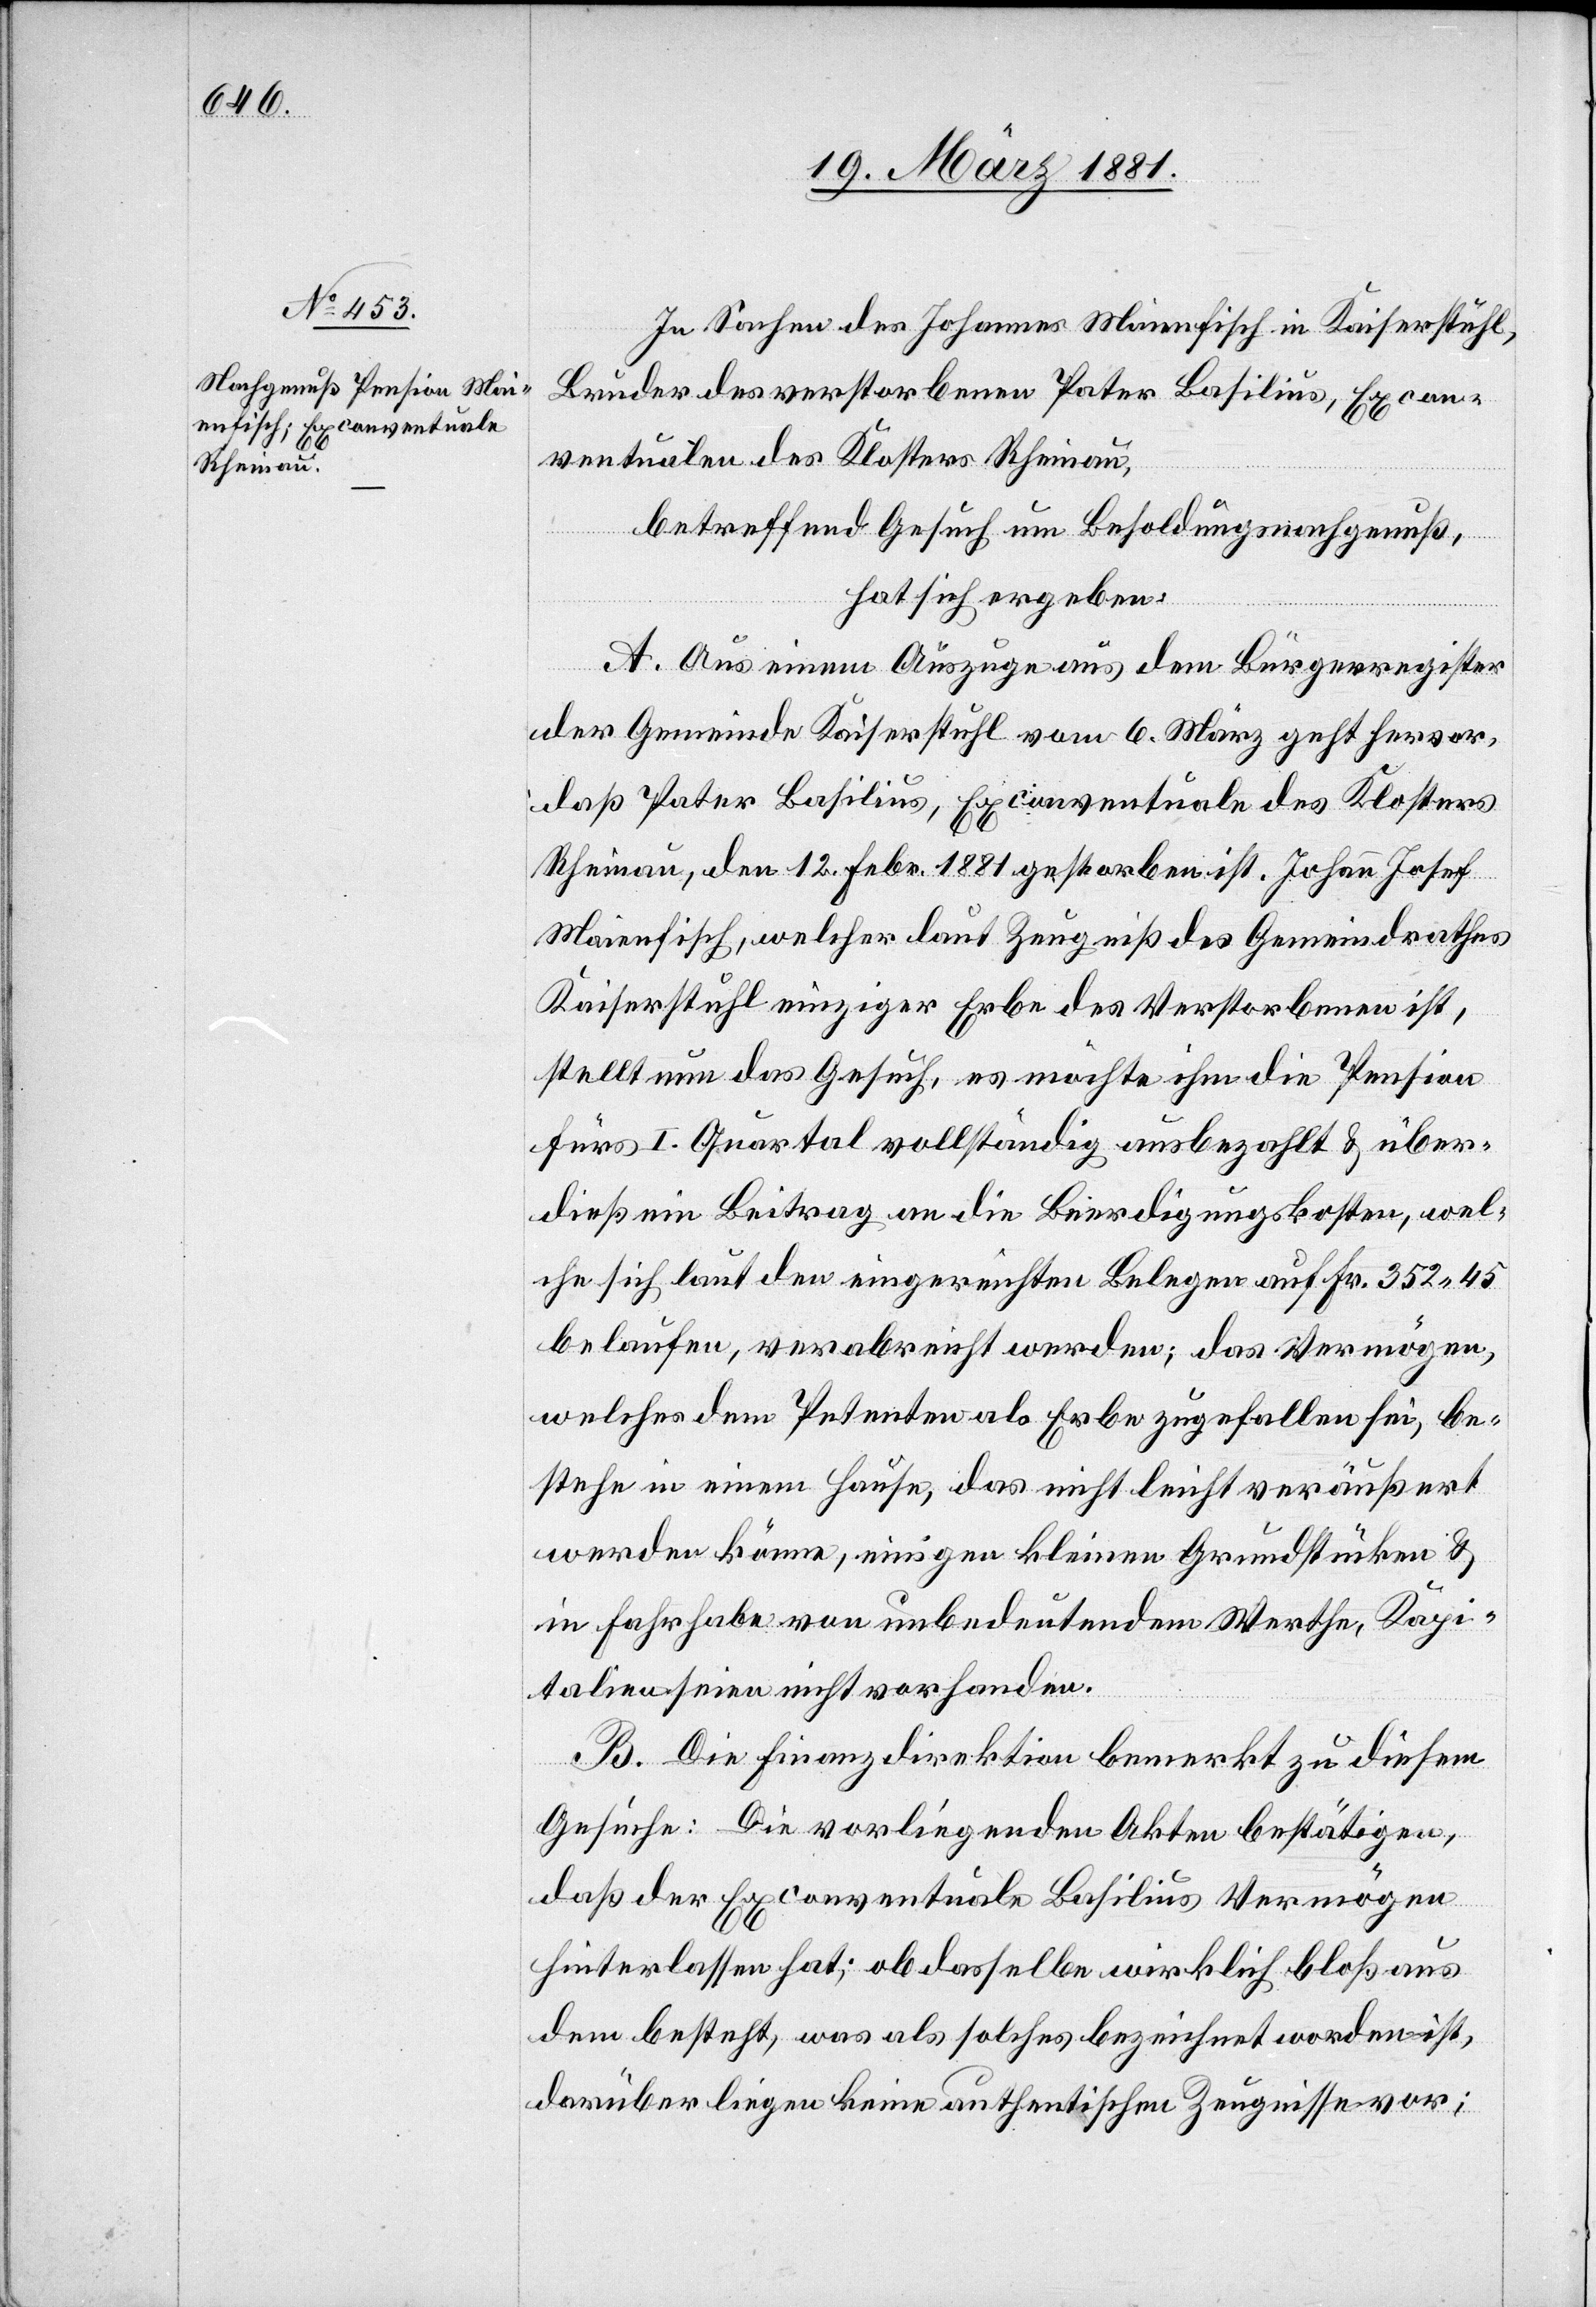
In Sachen des Johannes Maienfisch in Kaiserstuhl,
Bruder des verstorbenen Peter Basilius, Excon¬
ventualen des Klosters Rheinau,
betreffend Gesuch um Besoldungsnachgenuß,
hat sich ergeben:
A. Aus einem Auszuge aus dem Bürgerregister
der Gemeinde Kaiserstuhl vom 6. März geht hervor,
daß Pater Basilius, Exconventuale des Klosters
Rheinau, den 12. Febr. 1881 gestorben ist. Johann Josef
Maienfisch, welcher laut Zeugniß des Gemeindrathes
Kaiserstuhl einziger Erbe des Verstorbenen ist,
stellt nun das Gesuch, es möchte ihm die Pension
fürs I. Quartal vollständig ausbezahlt & über¬
dieß ein Beitrag an die Beerdigungskosten, wel¬
che sich laut den eingereichten Belegen auf Fr. 352 45
belaufen, verabreicht werden; das Vermögen,
welches dem Petenten als Erbe zugefallen sei, be¬
stehe in einem Hause, das nicht leicht veräußert
werden könne, einigen kleinen Grundstücken &
in Fahrhabe von unbedeutendem Werthe, Kapi¬
talien seien nicht vorhanden.
B. Die Finanzdirektion bemerkt zu diesem
Gesuche: Die vorliegenden Akten bestätigen,
daß der Exconventuale Basilius Vermögen
hinterlassen hat; ob dasselbe wirklich bloß aus
dem besteht, was als solches bezeichnet worden ist,
darüber liegen keine authentischen Zeugnisse vor;